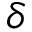
\delta